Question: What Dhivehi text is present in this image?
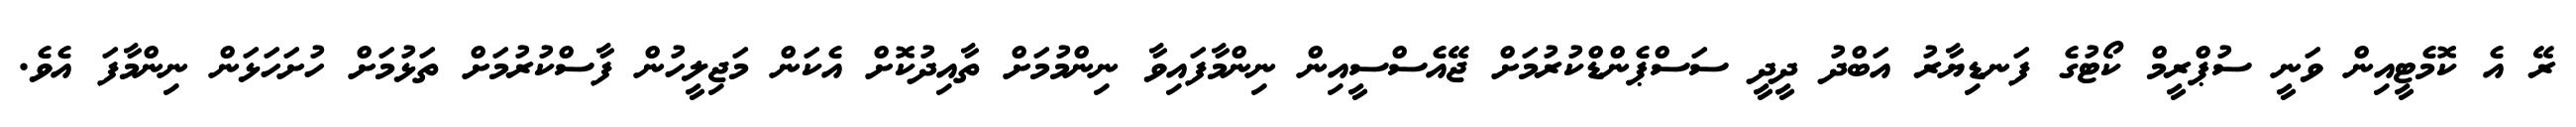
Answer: ރޭ އެ ކޮމެޓީއިން ވަނީ ސުޕްރީމް ކޯޓުގެ ފަނޑިޔާރު އަބްދު ދީދީ ސަސްޕެންޑްކުރުމަށް ޖޭއެސްސީއިން ނިންމާފައިވާ ނިންމުމަށް ތާއިދުކޮށް އެކަން މަޖިލީހުން ފާސްކުރުމަށް ތަޅުމަށް ހުށަހަޅަން ނިންމާފަ އެވެ.